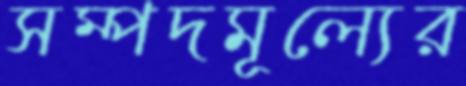
সম্পদমূল্যের